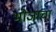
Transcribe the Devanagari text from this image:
भोजाचा